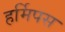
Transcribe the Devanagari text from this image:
हर्मिपस